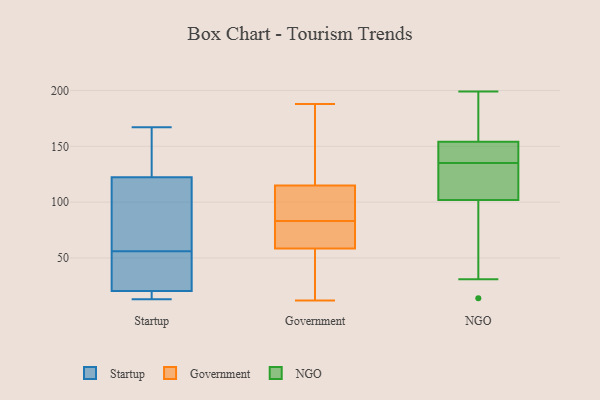
{"axis": {"x": "Active Users", "y": "Value"}, "legend": ["Government", "NGO", "Startup"], "data": [{"x": "", "y": 123, "type": "Startup"}, {"x": "", "y": 13, "type": "Startup"}, {"x": "", "y": 16, "type": "Startup"}, {"x": "", "y": 92, "type": "Startup"}, {"x": "", "y": 167, "type": "Startup"}, {"x": "", "y": 14, "type": "Startup"}, {"x": "", "y": 56, "type": "Startup"}, {"x": "", "y": 150, "type": "Startup"}, {"x": "", "y": 120, "type": "Startup"}, {"x": "", "y": 34, "type": "Startup"}, {"x": "", "y": 38, "type": "Startup"}, {"x": "", "y": 141, "type": "Government"}, {"x": "", "y": 70, "type": "Government"}, {"x": "", "y": 97, "type": "Government"}, {"x": "", "y": 57, "type": "Government"}, {"x": "", "y": 83, "type": "Government"}, {"x": "", "y": 32, "type": "Government"}, {"x": "", "y": 188, "type": "Government"}, {"x": "", "y": 12, "type": "Government"}, {"x": "", "y": 121, "type": "Government"}, {"x": "", "y": 96, "type": "Government"}, {"x": "", "y": 63, "type": "Government"}, {"x": "", "y": 93, "type": "NGO"}, {"x": "", "y": 173, "type": "NGO"}, {"x": "", "y": 136, "type": "NGO"}, {"x": "", "y": 134, "type": "NGO"}, {"x": "", "y": 199, "type": "NGO"}, {"x": "", "y": 136, "type": "NGO"}, {"x": "", "y": 111, "type": "NGO"}, {"x": "", "y": 31, "type": "NGO"}, {"x": "", "y": 133, "type": "NGO"}, {"x": "", "y": 150, "type": "NGO"}, {"x": "", "y": 14, "type": "NGO"}, {"x": "", "y": 158, "type": "NGO"}]}